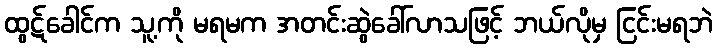
ထွဋ်ခေါင်က သူ့ကို မရမက အတင်းဆွဲခေါ်လာသဖြင့် ဘယ်လိုမှ ငြင်းမရဘဲ